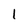
Character: 1